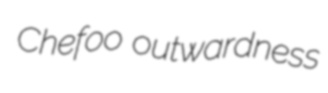
Chefoo outwardness